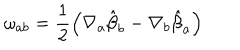
\omega _ { a b } = \frac { 1 } { 2 } \left( \nabla _ { a } { \hat { \beta } _ { b } } - \nabla _ { b } { \hat { \beta } _ { a } } \right)